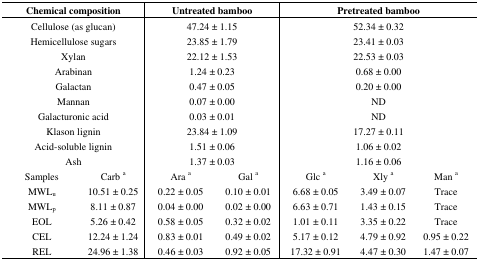
<table><thead><tr><td colspan="2"><b>Chemical composition</b></td><td colspan="2"><b>Untreated bamboo</b></td><td colspan="3"><b>Pretreated bamboo</b></td></tr></thead><tbody><tr><td colspan="2">Cellulose (as glucan)</td><td colspan="2">47.24 ± 1.15</td><td colspan="3">52.34 ± 0.32</td></tr><tr><td colspan="2">Hemicellulose sugars</td><td colspan="2">23.85 ± 1.79</td><td colspan="3">23.41 ± 0.03</td></tr><tr><td colspan="2">Xylan</td><td colspan="2">22.12 ± 1.53</td><td colspan="3">22.53 ± 0.03</td></tr><tr><td colspan="2">Arabinan</td><td colspan="2">1.24 ± 0.23</td><td colspan="3">0.68 ± 0.00</td></tr><tr><td colspan="2">Galactan</td><td colspan="2">0.47 ± 0.05</td><td colspan="3">0.20 ± 0.00</td></tr><tr><td colspan="2">Mannan</td><td colspan="2">0.07 ± 0.00</td><td colspan="3">ND</td></tr><tr><td colspan="2">Galacturonic acid</td><td colspan="2">0.03 ± 0.01</td><td colspan="3">ND</td></tr><tr><td colspan="2">Klason lignin</td><td colspan="2">23.84 ± 1.09</td><td colspan="3">17.27 ± 0.11</td></tr><tr><td colspan="2">Acid-soluble lignin</td><td colspan="2">1.51 ± 0.06</td><td colspan="3">1.06 ± 0.02</td></tr><tr><td colspan="2">Ash</td><td colspan="2">1.37 ± 0.03</td><td colspan="3">1.16 ± 0.06</td></tr><tr><td>Samples</td><td>Carb a</td><td>Ara a</td><td>Gal a</td><td>Glc a</td><td>Xly a</td><td>Man a</td></tr><tr><td>MWL<sub>u</sub></td><td>10.51 ± 0.25</td><td>0.22 ± 0.05</td><td>0.10 ± 0.01</td><td>6.68 ± 0.05</td><td>3.49 ± 0.07</td><td>Trace</td></tr><tr><td>MWL<sub>p</sub></td><td>8.11 ± 0.87</td><td>0.04 ± 0.00</td><td>0.02 ± 0.00</td><td>6.63 ± 0.71</td><td>1.43 ± 0.15</td><td>Trace</td></tr><tr><td>EOL</td><td>5.26 ± 0.42</td><td>0.58 ± 0.05</td><td>0.32 ± 0.02</td><td>1.01 ± 0.11</td><td>3.35 ± 0.22</td><td>Trace</td></tr><tr><td>CEL</td><td>12.24 ± 1.24</td><td>0.83 ± 0.01</td><td>0.49 ± 0.02</td><td>5.17 ± 0.12</td><td>4.79 ± 0.92</td><td>0.95 ± 0.22</td></tr><tr><td>REL</td><td>24.96 ± 1.38</td><td>0.46 ± 0.03</td><td>0.92 ± 0.05</td><td>17.32 ± 0.91</td><td>4.47 ± 0.30</td><td>1.47 ± 0.07</td></tr></tbody></table>